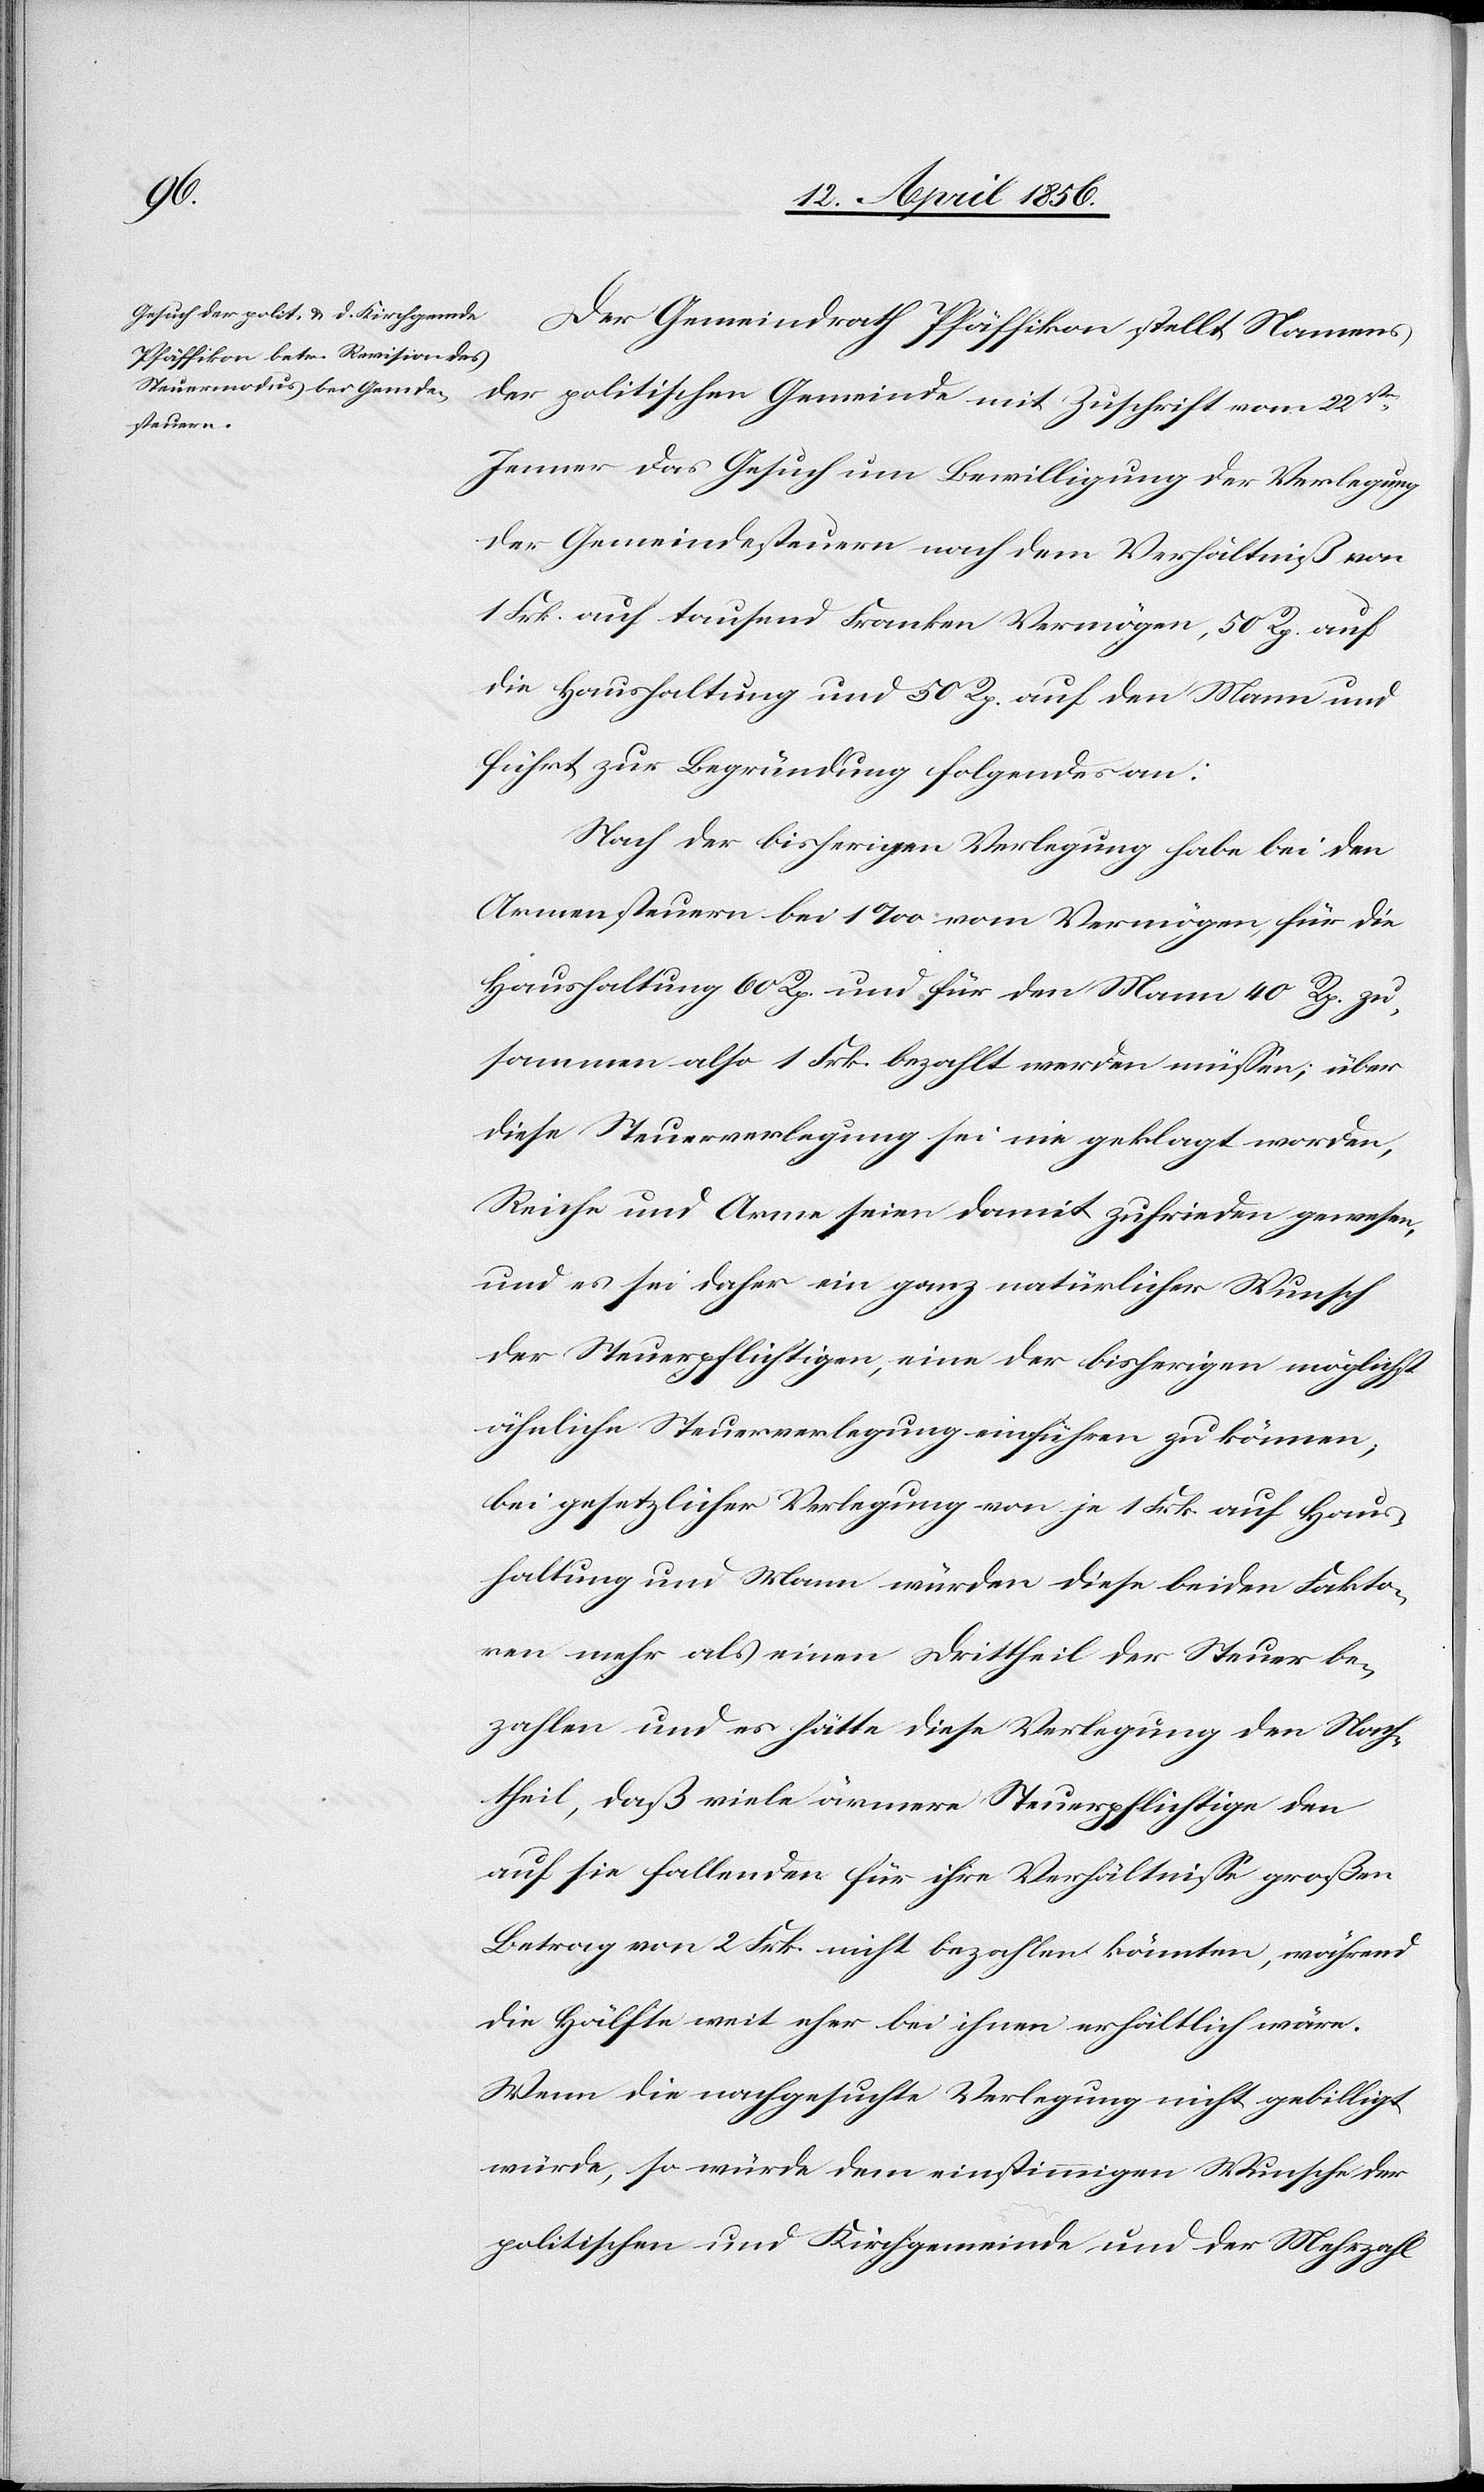
Der Gemeindrath Pfäffikon stellt Namens
der politischen Gemeinde mit Zuschrift vom 22stn
Jenner das Gesuch um Bewilligung der Verlegung
der Gemeindesteuern nach dem Verhältniß von
1 Frk. auf tausend Franken Vermögen, 50 Rp. auf
die Haushaltung und 50 Rp. auf den Mann und
führt zur Begründung folgendes an:
Nach der bisherigen Verlegung habe bei den
Armensteuern bei 1‰ vom Vermögen für die
Haushaltung 60 Rp. und für den Mann 40 Rp. zu¬
sammen also 1 Frk. bezahlt werden müssen; über
diese Steuerverlegung sei nie geklagt worden,
Reiche und Arme seien damit zufrieden gewesen,
und es sei daher ein ganz natürlicher Wunsch
der Steuerpflichtigen, eine der bisherigen möglichst
ähnliche Steuerverlegung einführen zu können;
bei gesetzlicher Verlegung von je 1 Frk. auf Haus¬
haltung und Mann würden diese beiden Fakto¬
ren mehr als einen Drittheil der Steuer be¬
zahlen und es hätte diese Verlegung den Nach¬
theil, daß viele ärmere Steuerpflichtige den
auf sie fallenden für ihre Verhältnisse großen
Betrag von 2 Frk. nicht bezahlen könnten, während
die Hälfte weit eher bei ihnen erhältlich wäre.
Wenn die nachgesuchte Verlegung nicht gebilligt
würde, so würde dem einstimmigen Wunsche der
politischen und Kirchgemeinde und der Mehrzahl